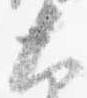
大